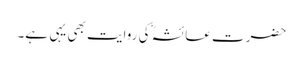
حضرت عائشہؓ کی روایت بھی یہی ہے۔